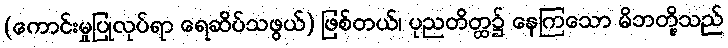
(ကောင်းမှုပြုလုပ်ရာ ရေဆိပ်သဖွယ်) ဖြစ်တယ်၊ ပုညတိတ္ထ၌ နေကြသော မိဘတို့သည်